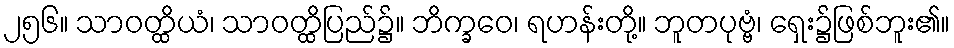
၂၅၆။ သာဝတ္ထိယံ၊ သာဝတ္ထိပြည်၌။ ဘိက္ခဝေ၊ ရဟန်းတို့။ ဘူတပုဗ္ဗံ၊ ရှေး၌ဖြစ်ဘူး၏။